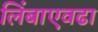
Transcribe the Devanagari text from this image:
लिंबाएवढा